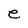
Character: e